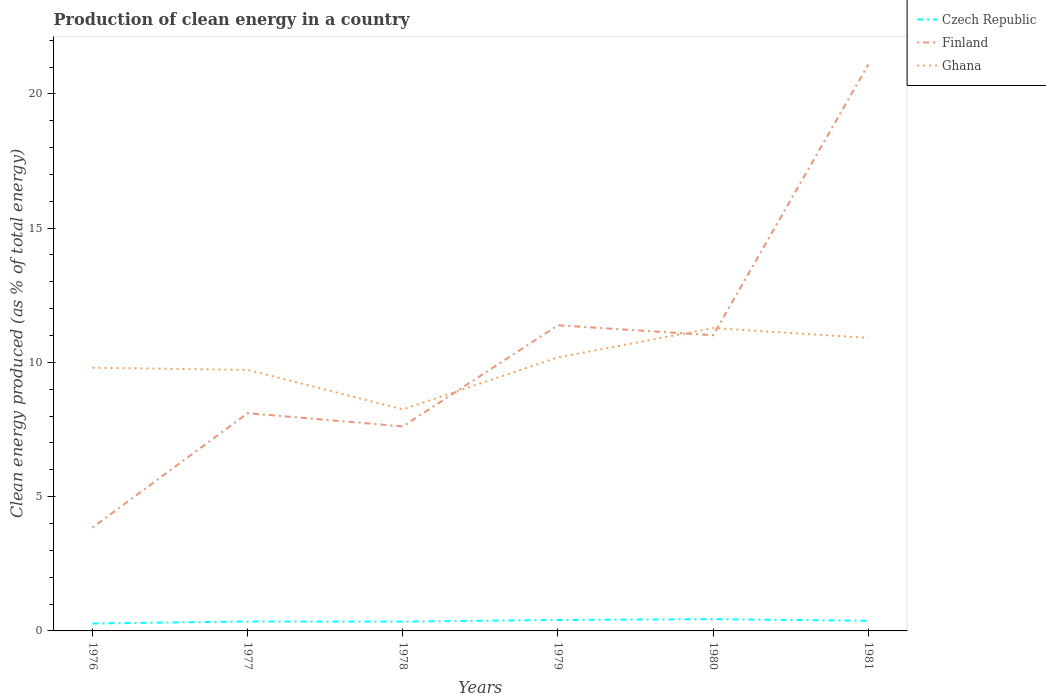
| Years | Czech Republic | Finland | Ghana |
 | --- | --- | --- | --- |
 | 1976 | 0.277 | 3.85 | 9.8 |
 | 1977 | 0.352 | 8.11 | 9.72 |
 | 1978 | 0.347 | 7.62 | 8.25 |
 | 1979 | 0.407 | 11.4 | 10.2 |
 | 1980 | 0.439 | 11 | 11.3 |
 | 1981 | 0.377 | 21.1 | 10.9 |